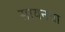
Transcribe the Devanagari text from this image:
सायनचा